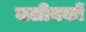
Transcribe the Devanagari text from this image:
जलीयकों